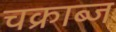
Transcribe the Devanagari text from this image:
चक्राब्ज